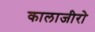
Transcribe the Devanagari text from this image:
कालाजीरो